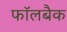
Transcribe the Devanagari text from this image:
फॉलबैक